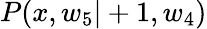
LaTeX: P(x,w_{5}|+1,w_{4})